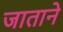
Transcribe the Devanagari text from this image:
जाताने